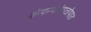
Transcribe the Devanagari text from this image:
कंपन्यांपाठोपाठ